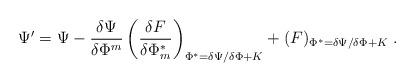
LaTeX: \begin{align*}\Psi'=\Psi-\frac{\delta\Psi}{\delta\Phi^m}\left(\frac{\delta F}{\delta\Phi_m^*}\right)_{\Phi^*=\delta\Psi/\delta\Phi+K}+(F)_{\Phi^*=\delta\Psi/\delta\Phi+K}\;.\end{align*}